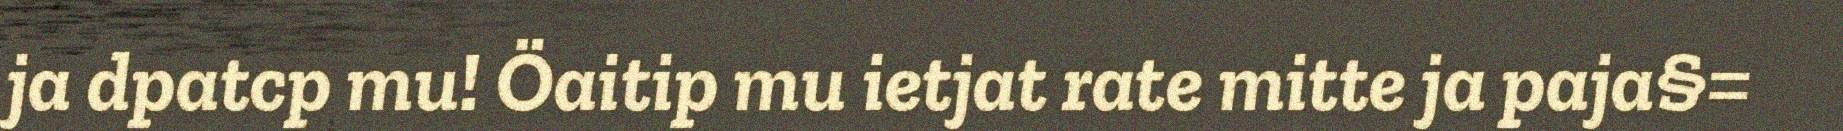
ja dpatcp mu! Öaitip mu ietjat rate mitte ja paja§=